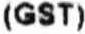
(GST)